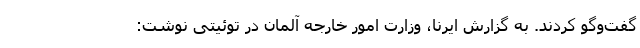
گفت‌وگو کردند. به گزارش ایرنا، وزارت امور خارجه آلمان در توئیتی نوشت: